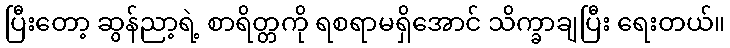
ပြီးတော့ ဆွန်ညာ့ရဲ့ စာရိတ္တကို ရစရာမရှိအောင် သိက္ခာချပြီး ရေးတယ်။